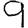
Digit: 9